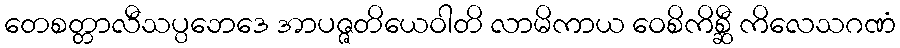
တေစတ္တာလီသပ္ပဘေဒေ အာပဇ္ဇတိယေဝါတိ လာမိကာယ ဝေစိကိစ္ဆီ ကိလေသဂဏံ